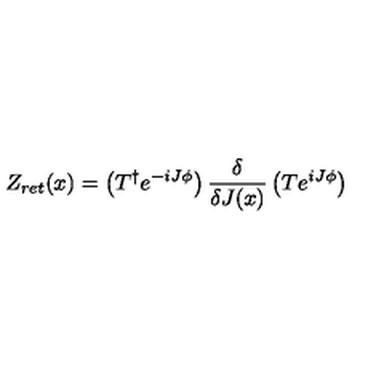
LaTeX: Z _ { r e t } ( x ) = \left( T ^ { \dagger } e ^ { - i J \phi } \right) \frac { \delta } { \delta J ( x ) } \left( T e ^ { i J \phi } \right)